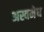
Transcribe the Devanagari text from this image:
अस्वमेध